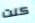
كنت